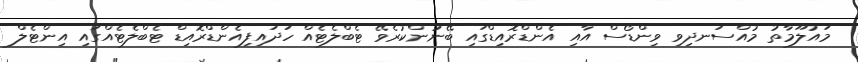
މައުލޫމާތު މުއްސަނދިވި ވިންޑޯސް އާއި އެންޑްރޮއިޑްގައި ބޭނުންކުރެވޭ ޓެބްލެޓެއް ހަދައިފިއެންޑްރޮއިޑް ޓެބްލެޓެއްގައި އިންޓެލް